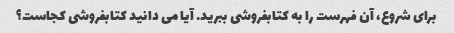
برای شروع، آن فهرست را به کتابفروشی ببرید. آیا می دانید کتابفروشی کجاست؟